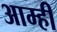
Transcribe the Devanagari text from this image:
आम्‍ही